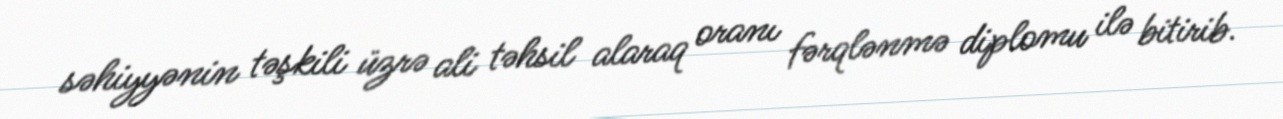
səhiyyənin təşkili üzrə ali təhsil alaraq oranı fərqlənmə diplomu ilə bitirib.